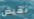
نقيض